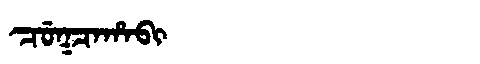
Manchu: ᠴᡠᡴᠴᠠᡥᠠᠪᡳ
Romanization: CUKCAHABI